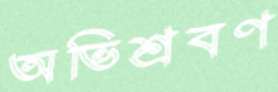
অভিশ্রবণ